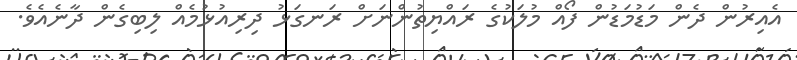
އެއިރުން ދެން މަޑުމަޑުން ފޯއް މުލަކުގެ ރައްޔިތުންނަށް ރަނގަޅު ދިރިއުޅުމެއް ލިބިގެން ދާނެއެވެ.